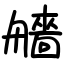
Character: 艢